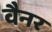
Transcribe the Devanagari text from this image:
वैनर